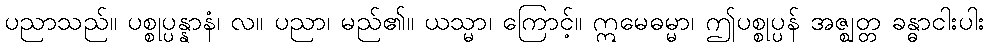
ပညာသည်။ ပစ္စုပ္ပန္နာနံ၊ လ။ ပညာ၊ မည်၏။ ယသ္မာ၊ ကြောင့်။ ဣမေဓမ္မာ၊ ဤပစ္စုပ္ပန် အဇ္ဈတ္တ ခန္ဓာငါးပါး